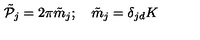
\tilde { \cal P } _ { j } = 2 \pi \tilde { m } _ { j } ; \quad \tilde { m } _ { j } = \delta _ { j d } K